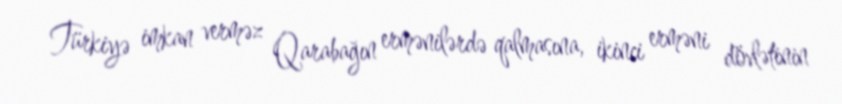
Türkiyə imkan verməz Qarabağın ermənilərdə qalmasına, ikinci erməni dövlətinin